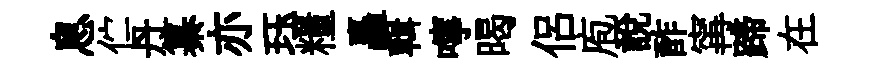
息伫丹纂亦珏糧矗輯嚀暍侶庖說酢𡩋蹄在